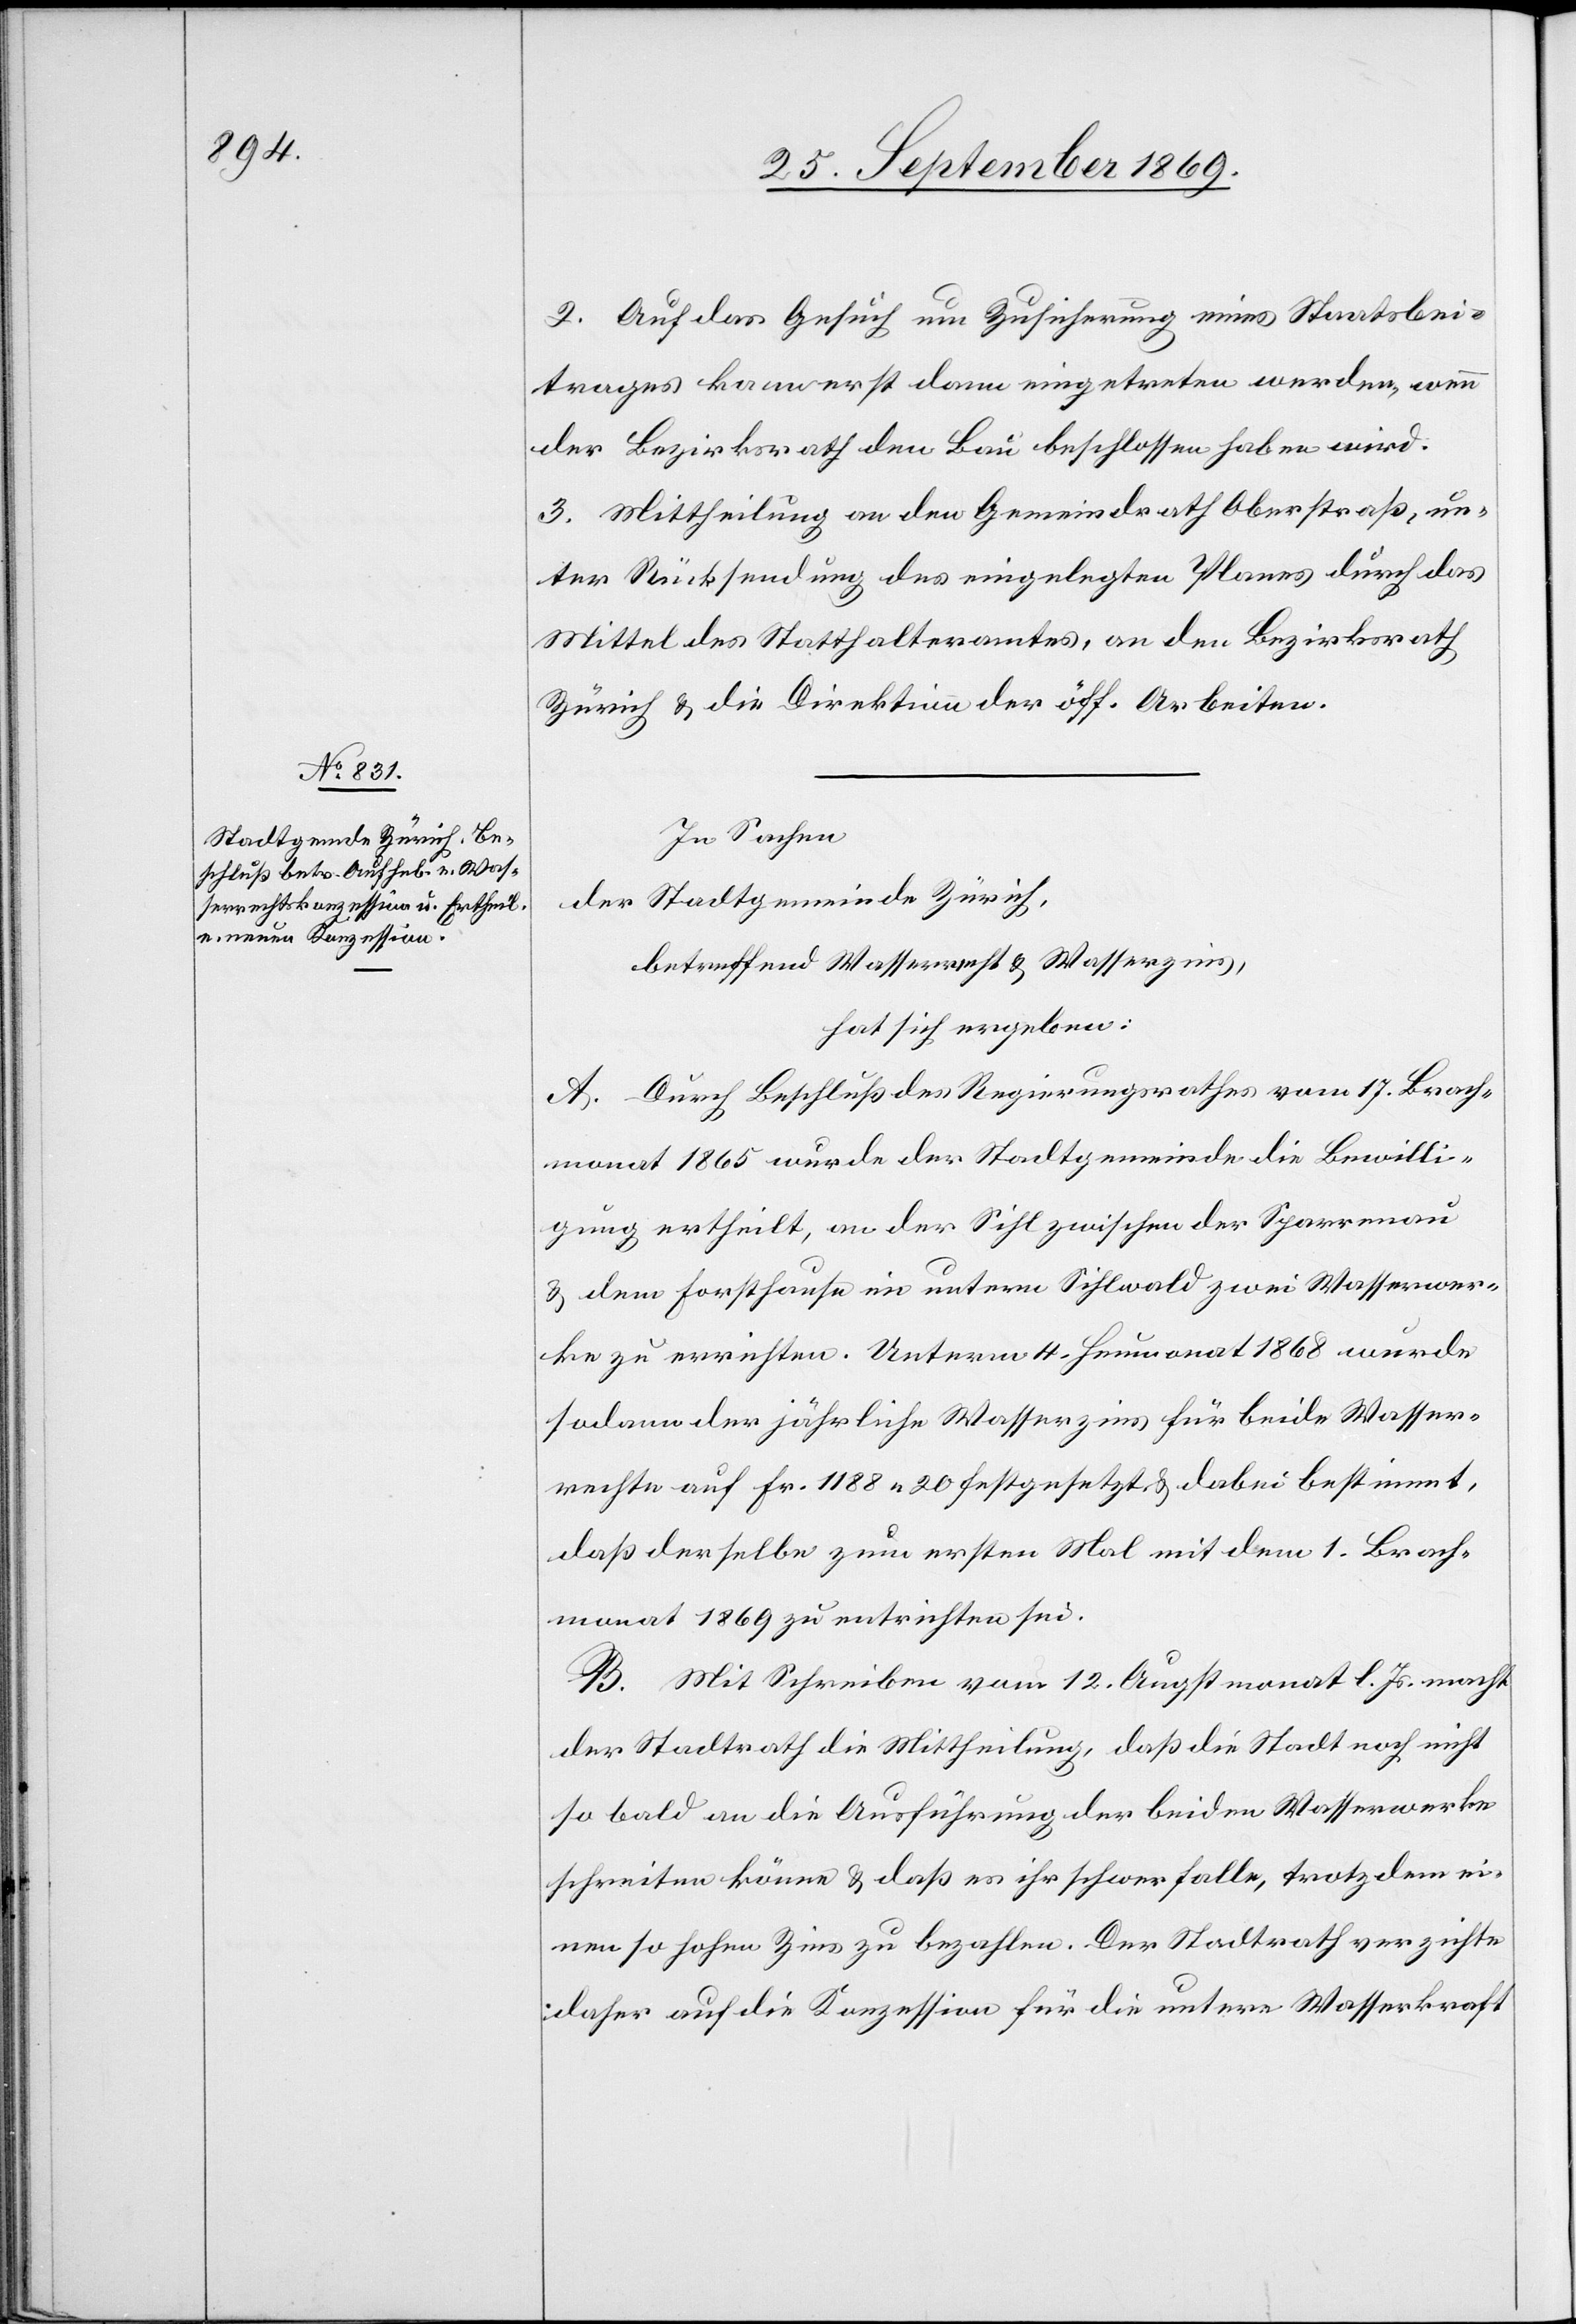
2. Auf das Gesuch um Zusicherung eines Staatsbei¬
trages kann erst dann eingetreten werden, wenn
der Bezirksrath den Bau beschlossen haben wird.
3. Mittheilung an den Gemeindrath Oberstraß, un¬
ter Rücksendung des eingelegten Planes durch das
Mittel des Statthalteramtes, an den Bezirksrath
Zürich & die Direktion der öff. Arbeiten.
In Sachen
der Stadtgemeinde Zürich,
betreffend Wasserrecht & Wasserzins,
hat sich ergeben:
A. Durch Beschluß des Regierungsrathes vom 17. Brach¬
monat 1865 wurde der Stadtgemeinde die Bewilli¬
gung ertheilt, an der Sihl zwischen der Sparrenau
& dem Forsthause im untern Sihlwald zwei Wasserwer¬
ke zu errichten. Unterm 4. Heumonat 1868 wurde
sodann der jährliche Wasserzins für beide Wasser¬
rechte auf Fr. 1188 20 festgesetzt & dabei bestimmt,
daß derselbe zum ersten Mal mit dem 1. Brach¬
monat 1869 zu entrichten sei.
B. Mit Schreiben vom 12. Augstmonat l. Js. macht
der Stadtrath die Mittheilung, daß die Stadt noch nicht
so bald an die Ausführung der beiden Wasserwerke
schreiten könne & daß es ihr schwerfalle, trotzdem ei¬
nen so hohen Zins zu bezahlen. Der Stadtrath verzichte
daher auf die Konzession für die untere Wasserkraft